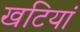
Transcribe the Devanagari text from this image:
खटियां